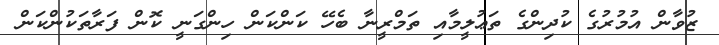
ޒުވާން އުމުރުގެ ކުދިންގެ ތަޢުލީމާއި ތަމްރީނާ ބެހޭ ކަންކަން ހިންގަނީ ކޮން ފަރާތަކުންކަން